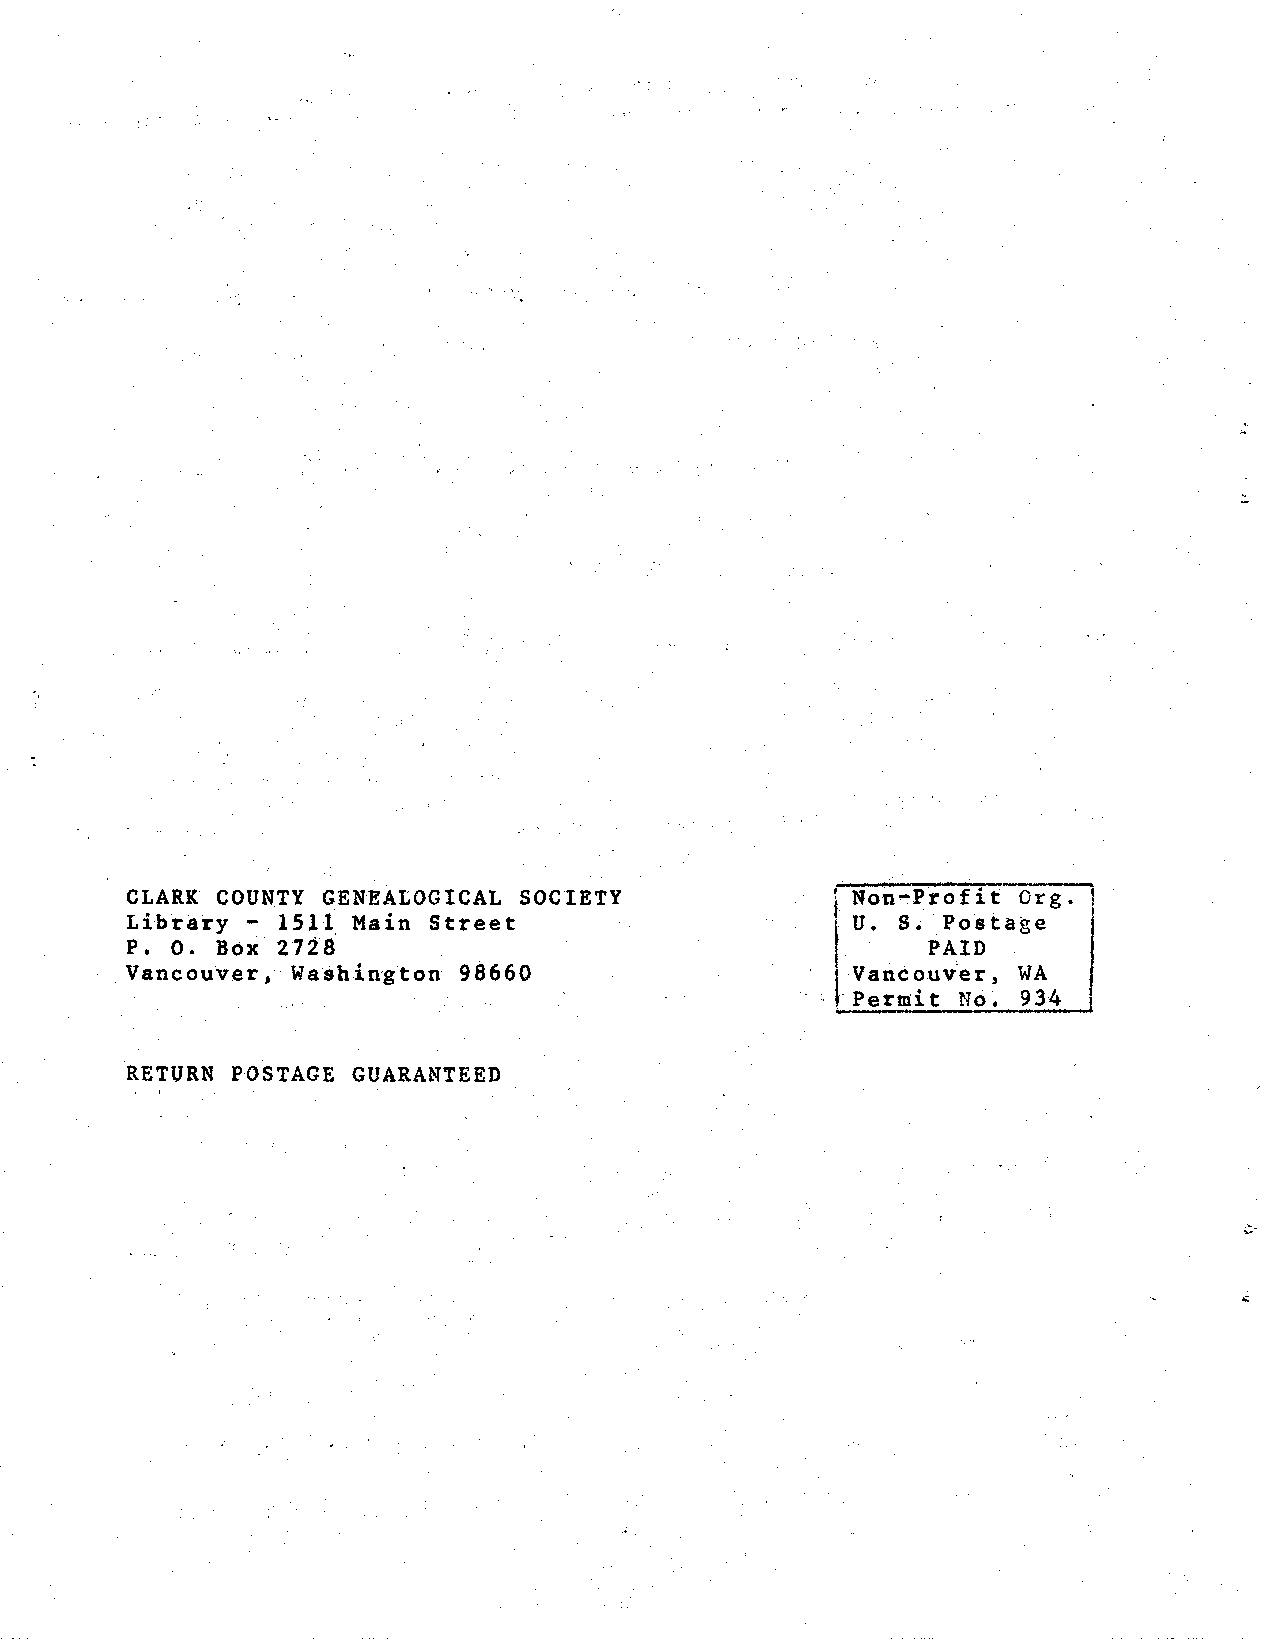
;;.
 CLARK COUNTY GENEALOGICAL SOCIETY              ' Non•Pro fit Org.
 Library - 15ll Main Street                      u. S. Postage
 P. o. Box 2728                                       PAID
 Vancouver, Washington 98660                     Vancouver, WA
 Permit No.  934
 RETURN POSTAGE GUARANTEED